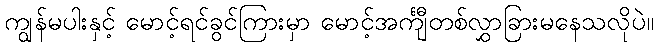
ကျွန်မပါးနှင့် မောင့်ရင်ခွင်ကြားမှာ မောင့်အင်္ကျီတစ်လွှာခြားမနေသလိုပဲ။